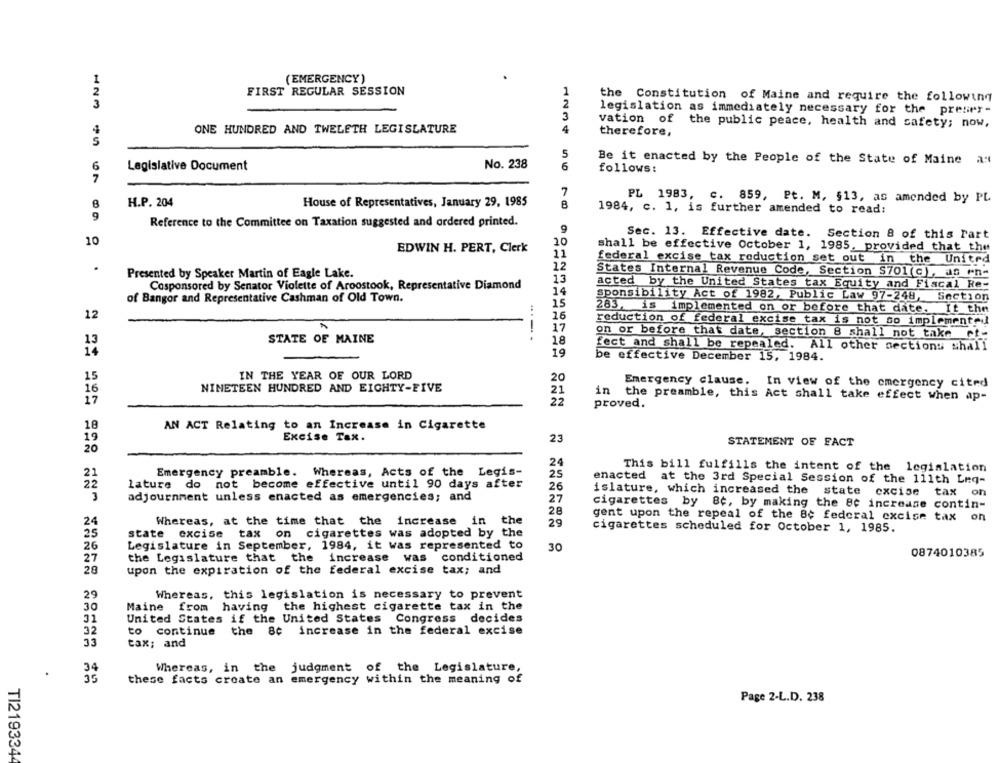
(EMERGENCY)
FIRST REGULAR SESSION
the Constitution of Maine and require the following
123
legislation as immediately necessary for the presry-
3
ONE HUNDRED AND TWELETH LEGISLATURE
4
vation of the public peace, health and safety; now,
4
therefore,
S
5
Be it enacted by the People of the State of Maine ast
6
Legislative Document
No. 238
6
follows:
7
7
PL 1983, c. 859, Pt. M, $13, as amended by PL
H.P. 204
House of Representatives, January 29, 1985
1984, c. 1, is further amended to read:
9
Reference to the Committee on Taxation suggested and ordered printed.
9
Sec. 13. Effective date. Section 8 of this Part
10
10
EDWIN H. PERT, Clerk
11
shall be effective October 1, 1985, provided that the
federal excise tax reduction set out in the United
12
Presented by Speaker Martin of Eagle Lake.
States Internal Revenue Code, Section $701(c), as en-
13
Cosponsored by Senator Violette of Aroostook, Representative Diamond
14
acted by the United States tax Equity and Fiscal Re-
of Bangor and Representative Cashman of Old Town.
sponsibility Act of 1982, Public Law 97-248, Section
15
16
283, is implemented on or before that date. It the
12
17
reduction of federal excise tax is not so implemented
on or before that date, section 8 shall not take
STATE OF MAINE
18
fect and shall be repealed. All other sections shall
19
be effective December 15, 1984.
IN THE YEAR OF OUR LORD
15
20
16
NINETEEN HUNDRED AND EIGHTY-FIVE
Emergency clause. In view of the emergency cited
21
in the preamble, this Act shall take effect when ap-
17
proved.
18
AN ACT Relating to an Increase in Cigarette
Excise Tax.
23
STATEMENT OF FACT
20
24
Emergency preamble. Whereas, Acts of the Legis-
This bill fulfills the intent of the legislation
21
25
enacted at the 3rd Special Session of the 111th Leq-
lature do not become effective until 90 days after
26
adjournment unless enacted as emergencies; and
islature, which increased the state excise tax
on
27
28
cigarettes by 8c, by making the 8c increase contin-
Whereas, at the time that the increase
in the
gent upon the repeal of the 8¢ federal excise tax on
24
29
25
state excise tax on cigarettes was adopted by the
cigarettes scheduled for October 1, 1985.
26
Legislature in September, 1984, it was represented to
30
the Legislature that the
increase was
conditioned
0874010385
27
28
upon the expiration of the federal excise tax; and
29
Whereas, this legislation is necessary to prevent
30
Maine from
having the highest cigarette tax in the
31
United States if the United States Congress decides
32
to continue
the 80 increase in the federal excise
tax; and
34
Whereas, in the judgment of the Legislature,
35
these facts create an emergency within the meaning of
Page 2-L.D. 238
TI219334